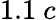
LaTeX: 1.1~c